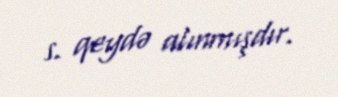
s. qeydə alınmışdır.